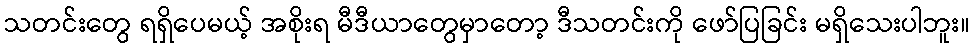
သတင်းတွေ ရရှိပေမယ့် အစိုးရ မီဒီယာတွေမှာတော့ ဒီသတင်းကို ဖော်ပြခြင်း မရှိသေးပါဘူး။